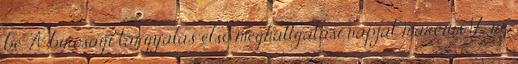
be. A bírósági tárgyalás első meghallgatási napját március 17-re